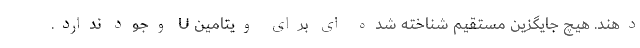
دهند. هیچ جایگزین مستقیم شناخته شده ای برای ویتامین U وجود ندارد.